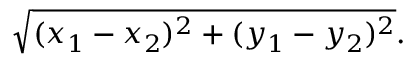
{ \sqrt { ( x _ { 1 } - x _ { 2 } ) ^ { 2 } + ( y _ { 1 } - y _ { 2 } ) ^ { 2 } } } .